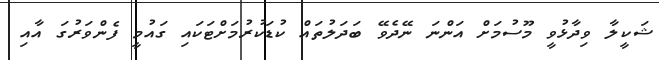
ޝަކީލާ ވިދާޅުވީ މޫސުމަށް އަންނަ ނޭދެވޭ ބަދަލުތައް ކުޑަކުރުމަށްޓަކައި ގައުމީ ފެންވަރުގަ އާއި